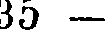
35 -